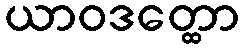
ယာဝဒတ္ထော